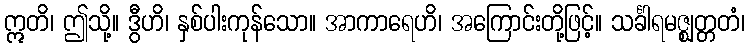
ဣတိ၊ ဤသို့။ ဒွီဟိ၊ နှစ်ပါးကုန်သော။ အာကာရေဟိ၊ အကြောင်းတို့ဖြင့်။ သင်္ခါရမဇ္ဈတ္တတံ၊